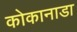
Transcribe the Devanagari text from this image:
कोकानाडा